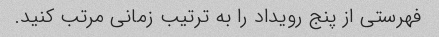
فهرستی از پنج رویداد را به ترتیب زمانی مرتب کنید.